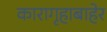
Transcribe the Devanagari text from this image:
कारागृहाबाहेर